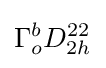
\Gamma _{o}^{b}D_{2h}^{22}